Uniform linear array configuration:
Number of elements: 48
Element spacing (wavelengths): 0.25
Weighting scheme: hamming
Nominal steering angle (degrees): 15
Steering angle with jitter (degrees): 14.21
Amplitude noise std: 0.05
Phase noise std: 0.05

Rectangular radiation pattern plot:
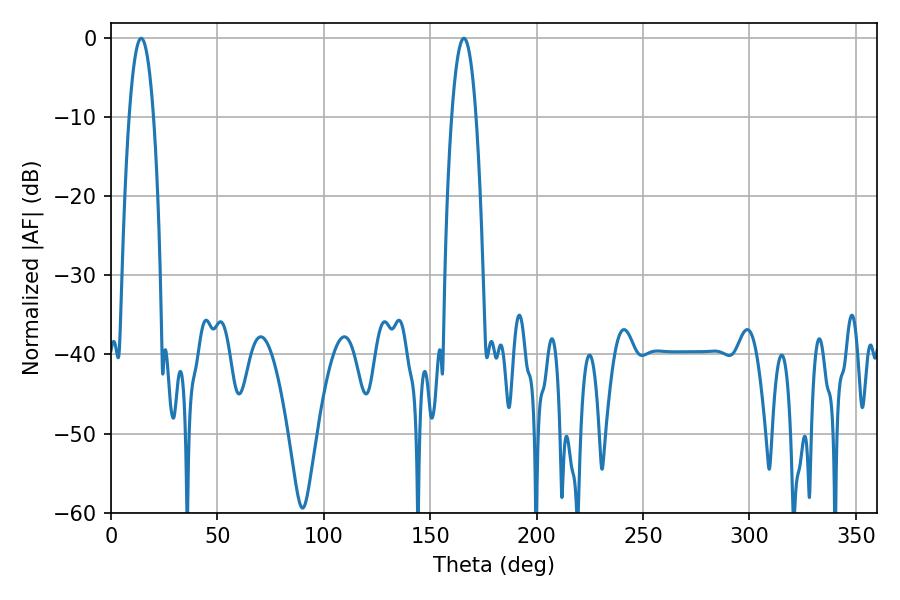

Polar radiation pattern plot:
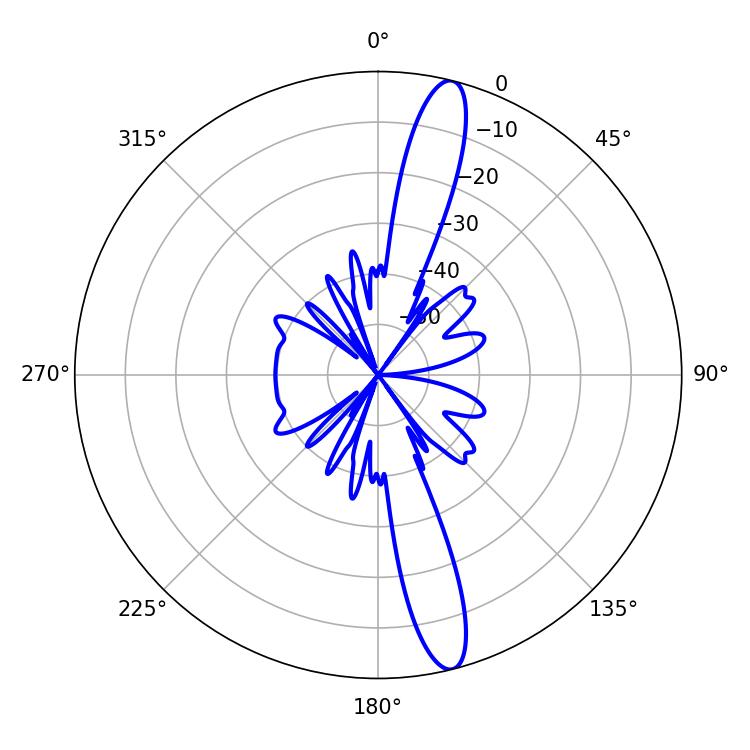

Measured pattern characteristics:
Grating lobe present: FALSE
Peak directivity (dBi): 15.35
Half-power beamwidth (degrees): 6.3
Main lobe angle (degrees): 14.22